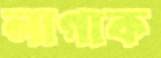
লাগাক